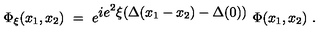
\Phi _ { \xi } ( x _ { 1 } , x _ { 2 } ) \ = \ e ^ { { \displaystyle i e ^ { 2 } \xi ( \Delta ( x _ { 1 } - x _ { 2 } ) - \Delta ( 0 ) ) } } \ \Phi ( x _ { 1 } , x _ { 2 } ) \ .